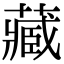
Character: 藏